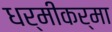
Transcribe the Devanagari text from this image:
धर्मीकर्मा